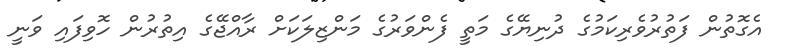
އެގޮތުން ފަތުރުވެރިކަމުގެ ދުނިޔޭގެ މަތީ ފެންވަރުގެ މަންޒިލަކަށް ރާއްޖޭގެ އިތުރުން ހޮވިފައި ވަނީ